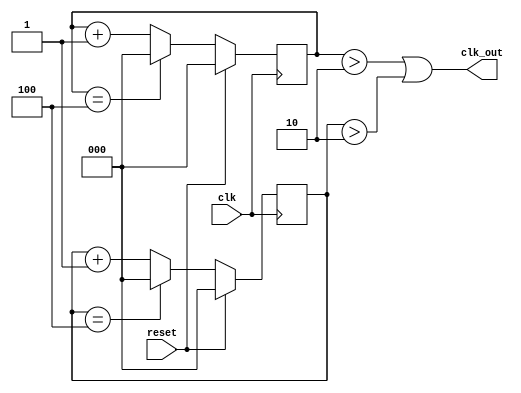
module clk_divn #(
parameter WIDTH = 3,
parameter N = 5)
 
(clk,reset, clk_out);
 
input clk;
input reset;
output clk_out;
 
reg [WIDTH-1:0] pos_count, neg_count;
wire [WIDTH-1:0] r_nxt;
 
 always @(posedge clk)
 if (reset)
 pos_count <=0;
 else if (pos_count ==N-1) pos_count <= 0;
 else pos_count<= pos_count +1;
 
 always @(negedge clk)
 if (reset)
 neg_count <=0;
 else  if (neg_count ==N-1) neg_count <= 0;
 else neg_count<= neg_count +1; 
 
assign clk_out = ((pos_count > (N>>1)) | (neg_count > (N>>1))); 
endmodule